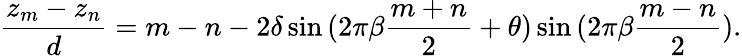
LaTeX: \frac{z_{m}-z_{n}}{d}=m-n-2\delta\sin{(2\pi\beta\frac{m+n}{2}+\theta)}\sin{(2\pi\beta\frac{m-n}{2})}.